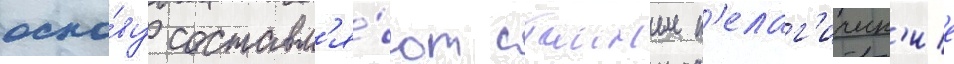
осно́ву составл'я́ют стаиные п'елаг'ическ'ие